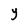
Character: Y